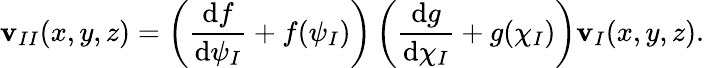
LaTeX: {\mathbf{v}_{II}}(x,y,z)=\left(\frac{\mathrm{d}f}{\mathrm{d}\psi_{I}}+f(\psi_{I})\right)\left(\frac{\mathrm{d}g}{\mathrm{d}\chi_{I}}+g(\chi_{I})\right){\mathbf{v}_{I}}(x,y,z).